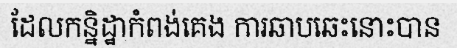
ដែលកន្និដ្ឋាកំពង់គេង ការឆាបឆេះនោះបាន